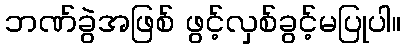
ဘဏ်ခွဲအဖြစ် ဖွင့်လှစ်ခွင့်မပြုပါ။